Indian journal of veterinary science and animal husbandry - Volume 6,
Year: 1936
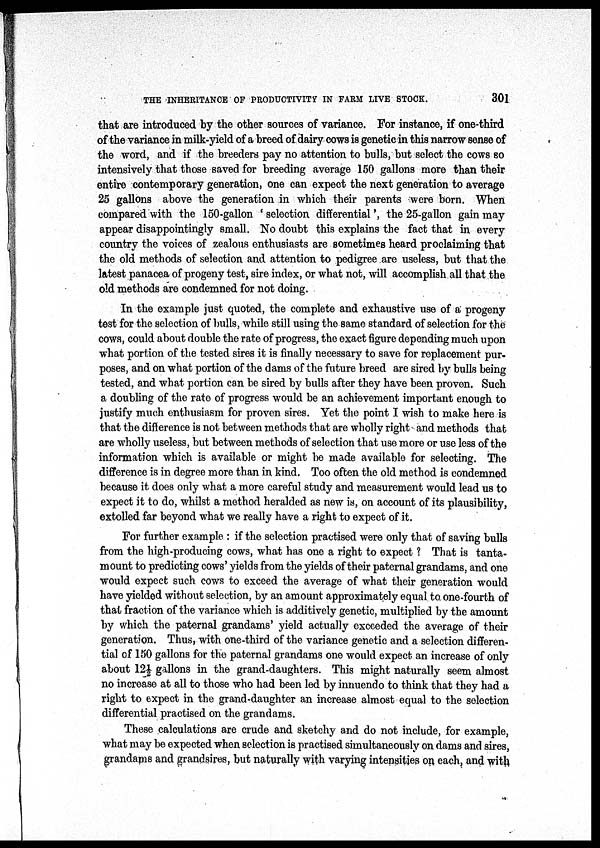
THE INHERITANCE OF PRODUCTIVITY IN FARM LIVE STOCK.
301
that are introduced by the other sources of variance. For instance, if one-third
of the variance in milk-yield of a breed of dairy cows is genetic in this narrow sense of
the word, and if the breeders pay no attention to bulls, but select the cows so
intensively that those saved for breeding average 150 gallons more than their
entire contemporary generation, one can expect the next generation to average
25 gallons above the generation in which their parents were born. When
compared with the 150-gallon ' selection differential', the 25-gallon gain may
appear disappointingly small. No doubt this explains the fact that in every
country the voices of zealous enthusiasts are sometimes heard proclaiming that
the old methods of selection and attention to pedigree are useless, but that the
latest panacea of progeny test, sire index, or what not, will accomplish all that the
old methods are condemned for not doing.
In the example just quoted, the complete and exhaustive use of a progeny
test for the selection of bulls, while still using the same standard of selection for the
cows, could about double the rate of progress, the exact figure depending much upon
what portion of the tested sires it is finally necessary to save for replacement pur-
poses, and on what portion of the dams of the future breed are sired by bulls being
tested, and what portion can be sired by bulls after they have been proven. Such
a doubling of the rate of progress would be an achievement important enough to
justify much enthusiasm for proven sires. Yet the point I wish to make here is
that the difference is not between methods that are wholly right and methods that
are wholly useless, but between methods of selection that use more or use less of the
information which is available or might be made available for selecting. The
difference is in degree more than in kind. Too often the old method is condemned
because it does only what a more careful study and measurement would lead us to
expect it to do, whilst a method heralded as new is, on account of its plausibility,
extolled far beyond what we really have a right to expect of it.
For further example : if the selection practised were only that of saving bulls
from the high-producing cows, what has one a right to expect ? That is tanta-
mount to predicting cows' yields from the yields of their paternal grandams, and one
would expect such cows to exceed the average of what their generation would
have yielded without selection, by an amount approximately equal to one-fourth of
that fraction of the variance which is additively genetic, multiplied by the amount
by which the paternal grandams' yield actually exceeded the average of their
generation. Thus, with one-third of the variance genetic and a selection differen-
tial of 150 gallons for the paternal grandams one would expect an increase of only
about 12½ gallons in the grand-daughters. This might naturally seem almost
no increase at all to those who had been led by innuendo to think that they had a
right to expect in the grand-daughter an increase almost equal to the selection
differential practised on the grandams.
These calculations are crude and sketchy and do not include, for example,
what may be expected when selection is practised simultaneously on dams and sires,
grandams and grandsires, but naturally with varying intensities on each, and with